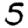
Digit: 5